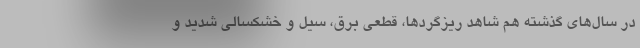
در سال‌های گذشته هم شاهد ریزگردها، قطعی برق، سیل و خشکسالی شدید و